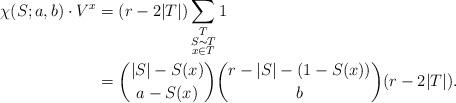
LaTeX: \begin{align*}\chi(S;a,b) \cdot {V}^x &= (r-2|T|)\sum_{\substack{T \\ S \thicksim T \\ x \in T}} 1 \\&= \binom{|S|-S(x)}{a-S(x)}\binom{r-|S|-(1-S(x))}{b}(r-2|T|).\end{align*}